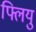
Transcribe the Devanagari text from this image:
फ्लियु